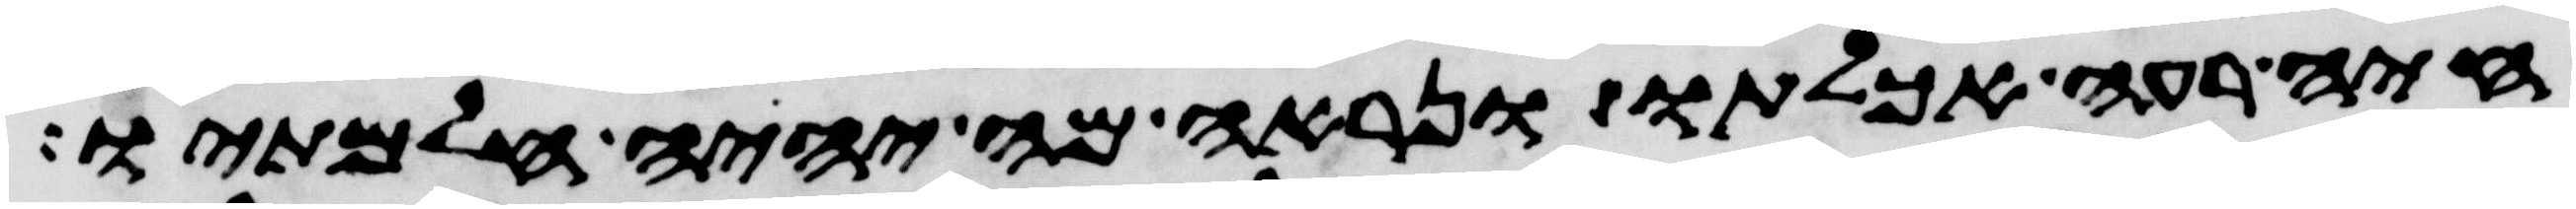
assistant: חיה רעה אכלתו ונראה מה יהיה חלמתיו